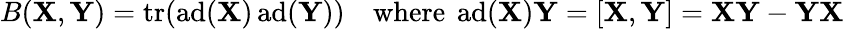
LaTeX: B(\mathbf{X},\mathbf{Y})=\operatorname{tr}(\operatorname{ad}(\mathbf{X})\operatorname{ad}(\mathbf{Y}))\quad{\mathrm{where~}}\operatorname{ad}(\mathbf{X})\mathbf{Y}=[\mathbf{X},\mathbf{Y}]=\mathbf{X}\mathbf{Y}-\mathbf{Y}\mathbf{X}